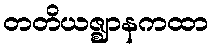
တတိယဇ္ဈာနကထာ